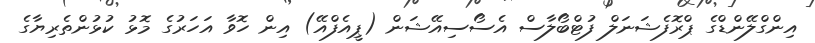
އިންގްލޭންޑްގެ ޕްރޮފެޝަނަލް ފުޓްބޯލާސް އެސޯސިއޭޝަން (ޕީއެފްއޭ) އިން ހޮވާ އަހަރުގެ މޮޅު ކުޅުންތެރިޔާގެ